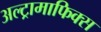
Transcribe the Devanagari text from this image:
अल्ट्रामाफिक्स